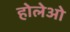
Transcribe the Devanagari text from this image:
होलेओ